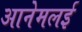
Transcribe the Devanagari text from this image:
आनेमलई